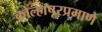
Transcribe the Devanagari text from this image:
कोल्हापूरप्रमाणे